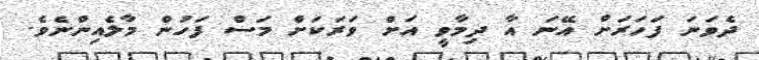
ދެވަނަ ފަހަރަށް އޭނަ އާ ދިމާވީ އަށް ވަރަކަށް މަސް ފަހުން މާލެއިންނެވެ.